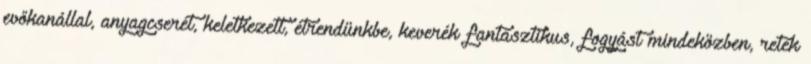
evőkanállal, anyagcserét, keletkezett, étrendünkbe, keverék fantasztikus, fogyást mindeközben, retek